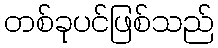
တစ်ခုပင်ဖြစ်သည်